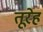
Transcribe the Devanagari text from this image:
तूरेह